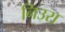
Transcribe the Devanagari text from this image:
निउरा